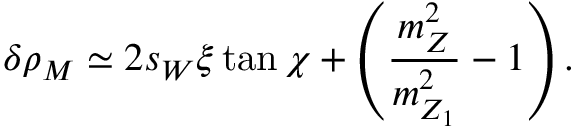
\delta \rho _ { M } \simeq 2 s _ { W } \xi \tan \chi + \left( { \frac { m _ { Z } ^ { 2 } } { m _ { Z _ { 1 } } ^ { 2 } } } - 1 \right) .